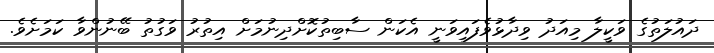
ދައުލަތުގެ ވަކީލާ މިއަދު ވިދާޅުވެފައިވަނީ އެކަން ސާބިތުކޮށްދިނުމަށް އިތުރު ވަގުތު ބޭނުންވާ ކަމަށެވެ.